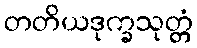
တတိယဒုက္ခသုတ္တံ